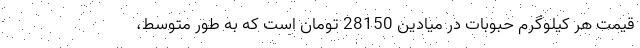
قیمت هر کیلوگرم حبوبات در میادین 28150 تومان است که به طور متوسط،